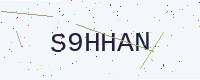
Text: S9HHAN